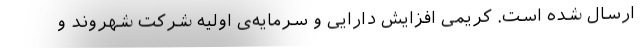
ارسال شده است. کریمی افزایش دارایی و سرمایه‌ی اولیه شرکت شهروند و